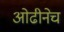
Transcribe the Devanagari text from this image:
ओढीनेच